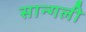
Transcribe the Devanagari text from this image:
सान्गली